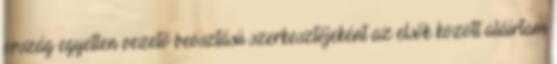
ország egyetlen vezető beosztású szerkesztőjeként az elsők között aláírtam